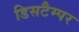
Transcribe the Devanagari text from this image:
डिसटैम्पर